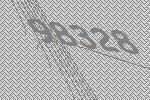
98328